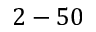
2 - 5 0